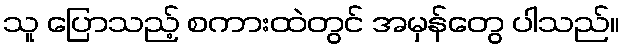
သူ ပြောသည့် စကားထဲတွင် အမှန်တွေ ပါသည်။